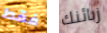
فقط زبائنك